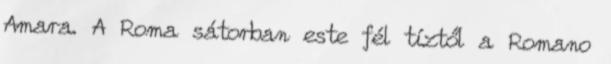
Amara. A Roma sátorban este fél tíztől a Romano